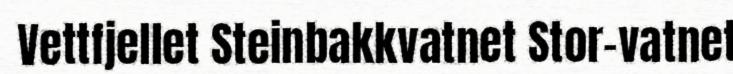
Vettfjellet Steinbakkvatnet Stor-vatnet